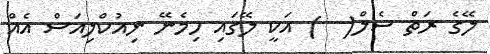
ލޭގެ ރަތް ސެލް(  ) އަކީ ލޭގައި ހިމެނޭ ނިއުކްލިއަސް އެއް